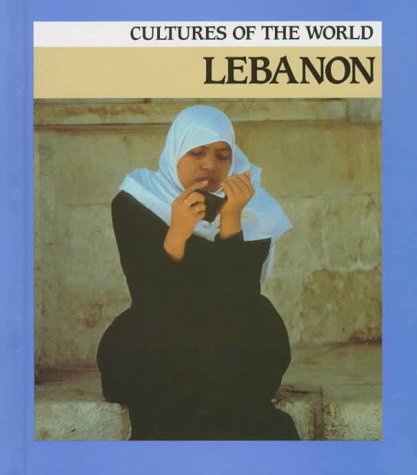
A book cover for Lebanon (Cultures of the World); Sean Sheehan; History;